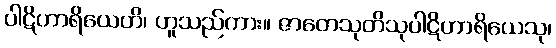
ပါဋိဟာရိယေဟိ၊ ဟူသည်ကား။ ဇာတေသုတိသုပါဋိဟာရိယေသု၊